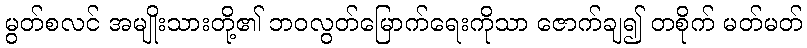
မွတ်စလင် အမျိုးသားတို့၏ ဘဝလွတ်မြောက်ရေးကိုသာ ဇောက်ချ၍ တစိုက် မတ်မတ်